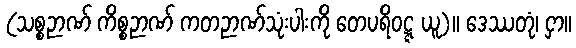
(သစ္စဉာဏ် ကိစ္စဉာဏ် ကတဉာဏ်သုံးပါးကို တေပရိဝဋ္ဋ ယူ)။ ဒေဿတုံ၊ ငှာ။